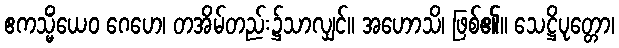
ဧကသ္မိံယေဝ ဂေဟေ၊ တအိမ်တည်း၌သာလျှင်။ အဟောသိ၊ ဖြစ်၏။ သေဋ္ဌိပုတ္တော၊